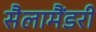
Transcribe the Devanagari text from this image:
सैलामैंडरी